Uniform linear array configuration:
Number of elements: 16
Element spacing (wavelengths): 0.25
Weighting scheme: hamming
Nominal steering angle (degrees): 0
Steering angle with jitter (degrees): -0.6926
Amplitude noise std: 0.05
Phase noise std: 0.05

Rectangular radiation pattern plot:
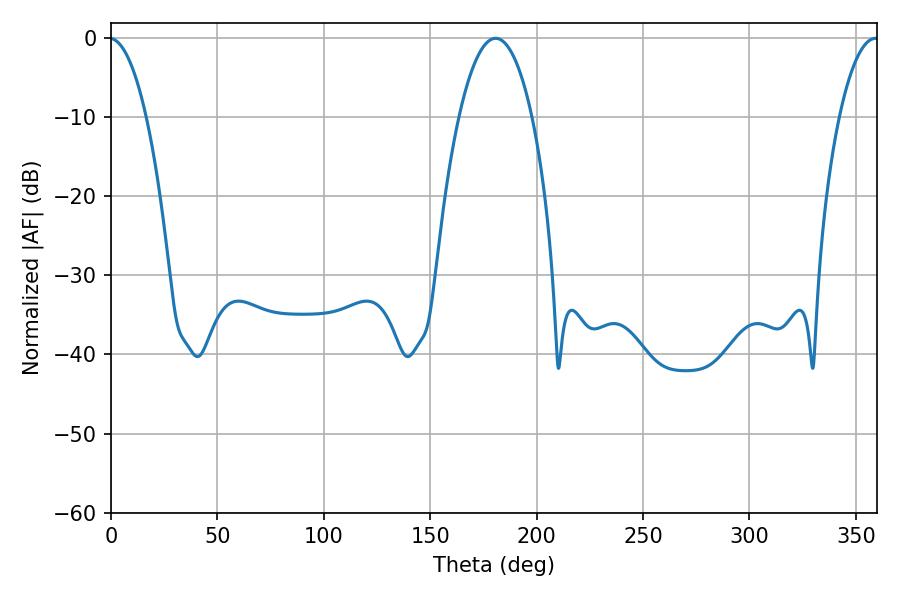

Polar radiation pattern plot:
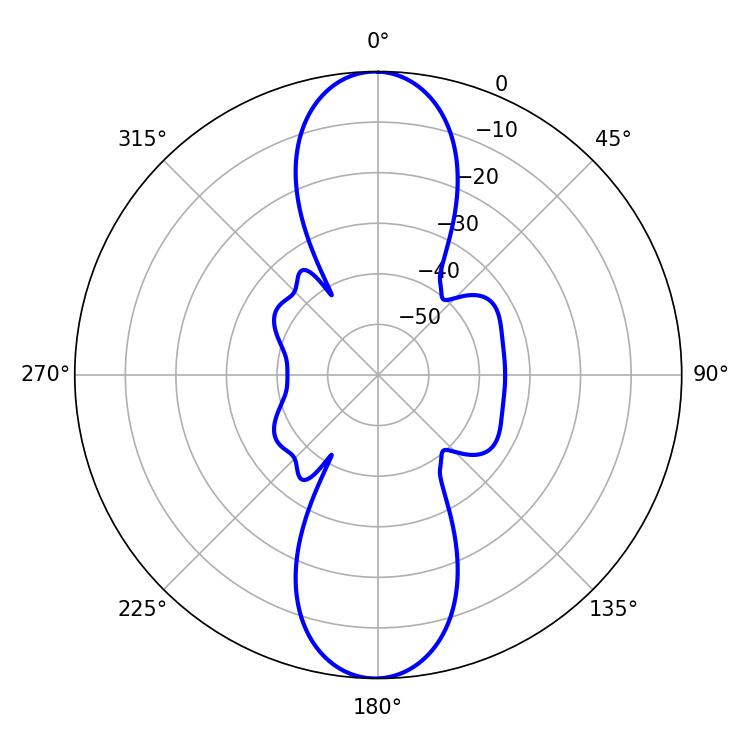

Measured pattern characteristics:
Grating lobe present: FALSE
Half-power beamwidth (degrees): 19.08
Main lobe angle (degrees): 180.72